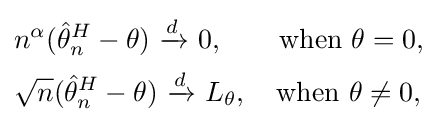
{\begin{aligned}&n^{\alpha }({\hat {\theta }}_{n}^{H}-\theta )\ {\xrightarrow {d}}\ 0,\qquad {\text{when }}\theta =0,\\&{\sqrt {n}}({\hat {\theta }}_{n}^{H}-\theta )\ {\xrightarrow {d}}\ L_{\theta },\quad {\text{when }}\theta \neq 0,\end{aligned}}